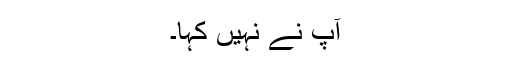
آپ نے نہیں کہا۔